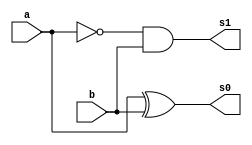
/*
 * Exemplo_0802 - GATES
 * Nome Gabriel Vargas Bento de Souza
*/

// -------------------------
// half difference
// -------------------------
module halfDifference (output s1, s0,
                       input  a, b);
   
   // descrever por portas
   wire not_a;
   not NOT1 (not_a, a);
   xor XOR1 (s0, a, b);
   and AND1 (s1, not_a, b);

endmodule // halfDifference

// -------------------------
// full difference
// -------------------------
module fullDifference ( output s1, s0,
                        input a, b,
                        input carryIn );
   
   // temporario
   wire temp_s0, temp_s1a, temp_s1b;

   // descrever por portas e/ou modulos
   halfDifference HD1 (temp_s1a, temp_s0, a, b);
   halfDifference HD2 (temp_s1b, s0, temp_s0, carryIn);

   or        OR1 (s1, temp_s1a, temp_s1b);

endmodule // fullDifference

// -------------------------
// main
// -------------------------
module test_fullDifference;
   
   // definir dados
   reg  [4:0] x;
   reg  [4:0] y;
   wire [4:0] carry; // vai-um
   wire [5:0] diferenca;

   //                 ( s1,       s0,           a,    b,    carryIn  );
   fullDifference FD0 ( carry[0], diferenca[0], x[0], y[0], 1'b0 );
   fullDifference FD1 ( carry[1], diferenca[1], x[1], y[1], carry[0] );
   fullDifference FD2 ( carry[2], diferenca[2], x[2], y[2], carry[1] );
   fullDifference FD3 ( carry[3], diferenca[3], x[3], y[3], carry[2] );
   fullDifference FD4 ( carry[4], diferenca[4], x[4], y[4], carry[3] );

   or OR1 (diferenca[5], carry[4], 0);
   
   // parte principal
   initial
   begin : main
      $display("Exemplo_0802 - Gabriel Vargas Bento de Souza - 778023");
      $display("ALU's Full Difference\n");
      $display("  x       y     carry     menos  ");

      // projetar testes do subtrator completo
         $monitor("%5b %7b %7b %9b", x, y, carry, diferenca);
         x = 5'b01011; y = 5'b00111;
      #1 x = 5'b11001; y = 5'b01101;
      #1 x = 5'b00001; y = 5'b00001;
      #1 x = 5'b01000; y = 5'b10101;
      #1 x = 5'b00000; y = 5'b01011;
   end
endmodule // test_fullDifference

// -------------------------
// test
// -------------------------
/*
---------- previsao ----------

  x     y     x - y    -->    x        y      x - y
(11) - (7)    ( 4)     -->  01011    00111    000100
(25) - (13)   (12)     -->  11001    01101    001100
( 1) - ( 1)   ( 0)     -->  00001    00001    000000
( 8) - (21)  -(13)     -->  01000    10101    110011
( 0) - (11)  -(11)     -->  00000    01011    110101

---------- execucao ----------

C:\Users\Gabriel\Desktop\CC-PUC\2Periodo\ARQ1\Tarefas\Guia08>vvp Exemplo_0802.vvp
Exemplo_0802 - Gabriel Vargas Bento de Souza - 778023
ALU's Full Difference

  x       y     carry     menos
01011   00111   00100    000100
11001   01101   01100    001100
00001   00001   00000    000000
01000   10101   10111    110011
00000   01011   11111    110101
*/